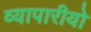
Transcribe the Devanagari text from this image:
व्यापारीयो